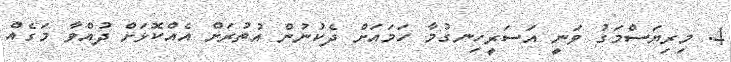
4. މިރިޔަސްމަގު ވަނީ އަސަރީހިނގުމާ ހަމައަށް ދެކުނުން އުތުރަށް އެއްކޮޅަށް ދުއްވާ މަގެއް